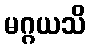
မဂ္ဂယသိ